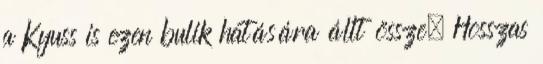
a Kyuss is ezen bulik hatására állt össze. Hosszas